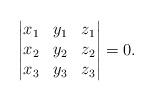
LaTeX: \begin{align*}\left|\begin{matrix}x_1 & y_1 & z_1\\x_2 & y_2 & z_2\\x_3 & y_3 & z_3\end{matrix}\right|=0.\end{align*}